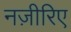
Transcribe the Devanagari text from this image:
नज़ीरिए